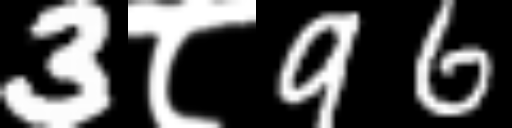
Text: 3८96